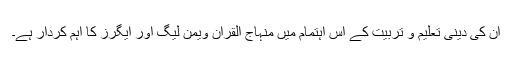
ان کی دینی تعلیم و تربیت کے اس اہتمام میں منہاج القرآن ویمن لیگ اور ایگرز کا اہم کردار ہے۔